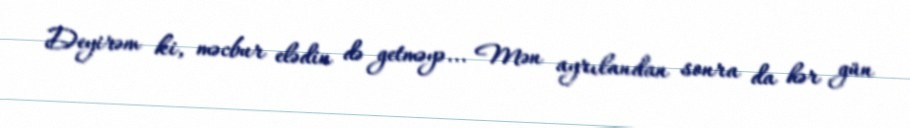
Deyirəm ki, məcbur elədin də getməyə... Mən ayrılandan sonra da hər gün